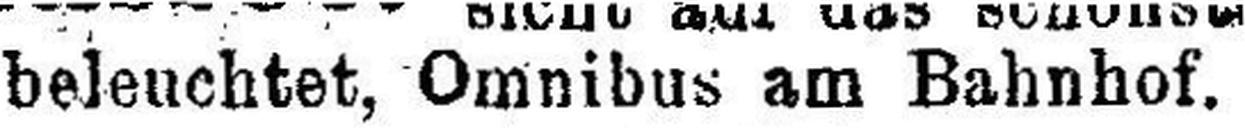
beleuchtet, Omnibus am Bahnhof. 8229